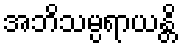
အဘိသမ္ပရာယန္တိ